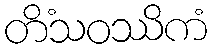
တိံသဝဿိကံ